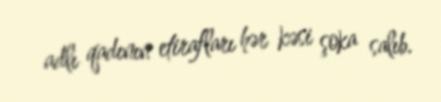
adlı qadının etirafları hər kəsi şoka salıb.